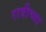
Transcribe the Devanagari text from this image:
रात्रीच्या